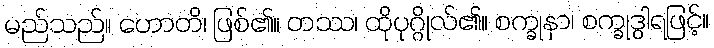
မည်သည်။ ဟောတိ၊ ဖြစ်၏။ တဿ၊ ထိုပုဂ္ဂိုလ်၏။ စက္ခုနာ၊ စက္ခုဒွါရဖြင့်။